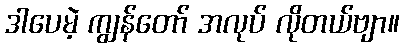
ဒါပေမဲ့ ကျွန်တော် အလုပ် လိုတယ်ဗျာ။